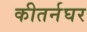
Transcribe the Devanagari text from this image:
कीतर्नघर